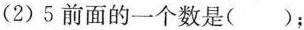
(2)5前面的一个数是（）；